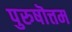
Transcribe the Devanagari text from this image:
पुरुषॊत्तम